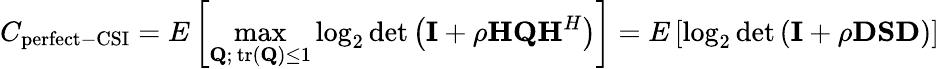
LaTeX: C_{\mathrm{perfect-CSI}}=E\left[\operatorname*{max}_{\mathbf{Q};\, {\mathrm{tr}}(\mathbf{Q})\leq 1}\log_{2}\operatorname*{det}\left(\mathbf{I}+\rho\mathbf{H}\mathbf{Q}\mathbf{H}^{H}\right)\right]=E\left[\log_{2}\operatorname*{det}\left(\mathbf{I}+\rho\mathbf{D}\mathbf{S}\mathbf{D}\right)\right]